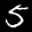
Label: 5